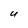
Character: U